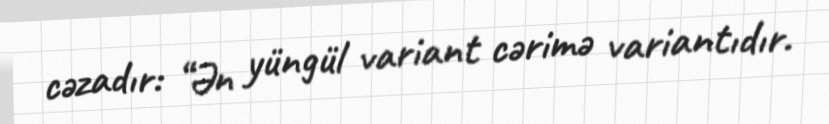
cəzadır: “Ən yüngül variant cərimə variantıdır.